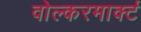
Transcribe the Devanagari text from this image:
वोल्करमार्क्ट